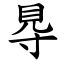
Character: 䙷